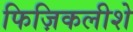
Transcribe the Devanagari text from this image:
फिज़िकलीशे